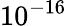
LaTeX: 10^{-16}